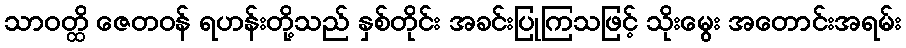
သာဝတ္ထိ ဇေတဝန် ရဟန်းတို့သည် နှစ်တိုင်း အခင်းပြုကြသဖြင့် သိုးမွေး အတောင်းအရမ်း